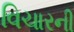
વિચારની